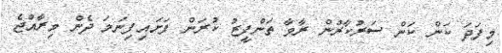
މިފަަދަ ކަން ކަން ސަރުކާރުން ރާވާ ތަންފީޒު ކުރަން ފަށައިފިނަމަ ދެން މިރާއްޖެ